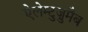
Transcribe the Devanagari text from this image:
ऐलेम्टुज़ुमैब